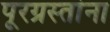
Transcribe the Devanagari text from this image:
पूरग्रस्‍तांना